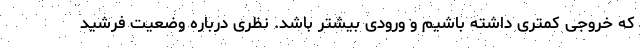
که خروجی کمتری داشته باشیم و ورودی بیشتر باشد. نظری درباره وضعیت فرشید